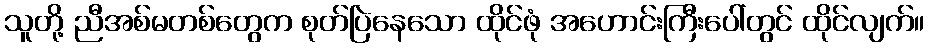
သူတို့ ညီအစ်မတစ်တွေက စုတ်ပြဲနေသော ထိုင်ဖုံ အဟောင်းကြီးပေါ်တွင် ထိုင်လျက်။